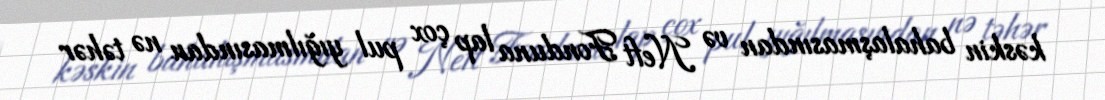
kəskin bahalaşmasından və Neft Fonduna lap çox pul yığılmasından nə təhər